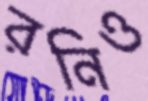
রনিও